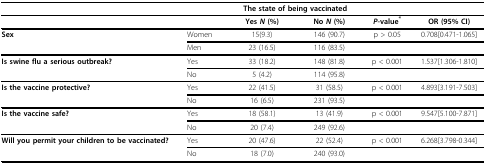
|  |  | <COLSPAN=2> The state of being vaccinated |  |  |
 | --- | --- | --- | --- | --- | --- |
 |  |  | Yes N (%) | No N (%) | P-value* | OR (95% CI) |
 | Sex | Women | 15(9.3) | 146 (90.7) | p > 0.05 | 0.708[0.471-1.065] |
 |  | Men | 23 (16.5) | 116 (83.5) |  |  |
 | Is swine flu a serious outbreak? | Yes | 33 (18.2) | 148 (81.8) | p < 0.001 | 1.537[1.306-1.810] |
 |  | No | 5 (4.2) | 114 (95.8) |  |  |
 | Is the vaccine protective? | Yes | 22 (41.5) | 31 (58.5) | p < 0.001 | 4.893[3.191-7.503] |
 |  | No | 16 (6.5) | 231 (93.5) |  |  |
 | Is the vaccine safe? | Yes | 18 (58.1) | 13 (41.9) | p < 0.001 | 9.547[5.100-7.871] |
 |  | No | 20 (7.4) | 249 (92.6) |  |  |
 | Will you permit your children to be vaccinated? | Yes | 20 (47.6) | 22 (52.4) | p < 0.001 | 6.268[3.798-0.344] |
 |  | No | 18 (7.0) | 240 (93.0) |  |  |